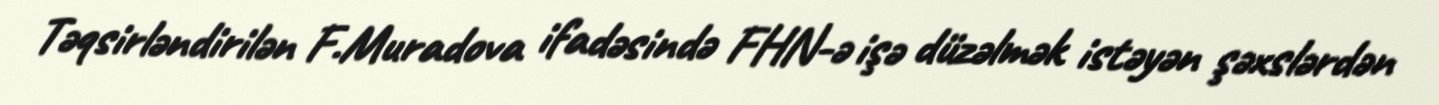
Təqsirləndirilən F.Muradova ifadəsində FHN-ə işə düzəlmək istəyən şəxslərdən